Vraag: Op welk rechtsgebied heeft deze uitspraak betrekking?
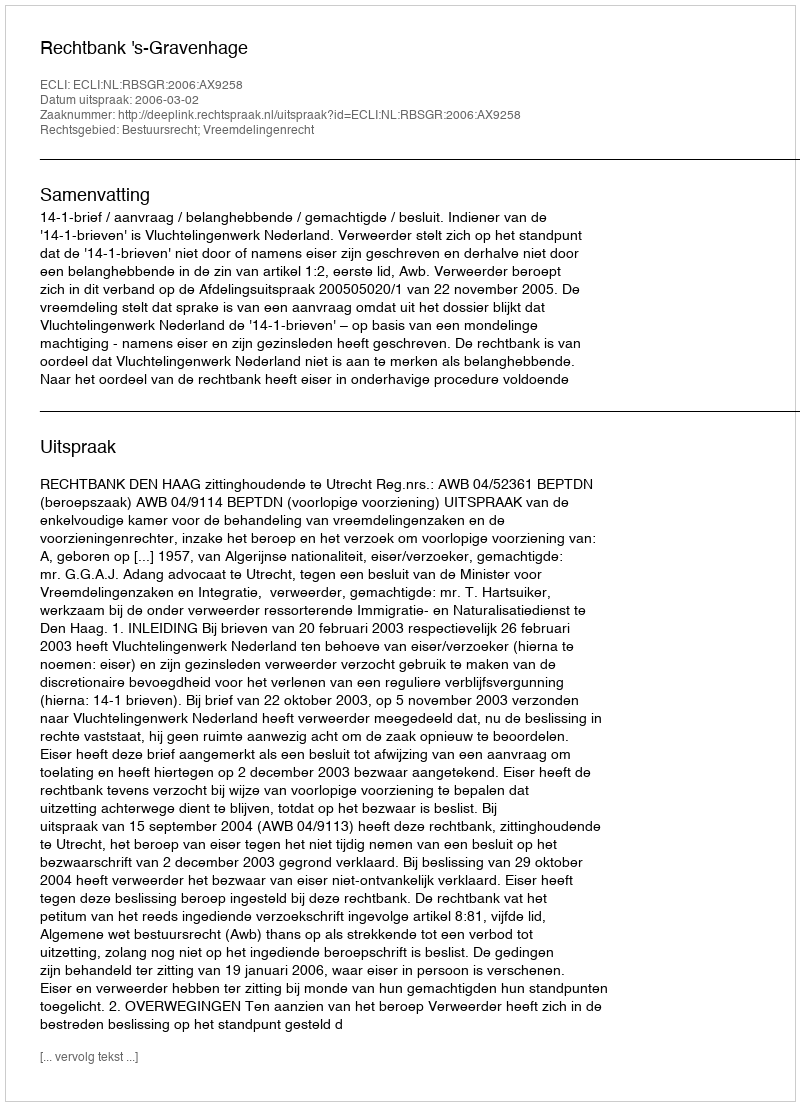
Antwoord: Bestuursrecht; Vreemdelingenrecht